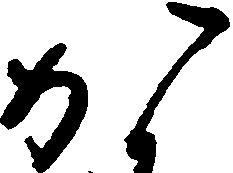
か